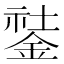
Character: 𨧽